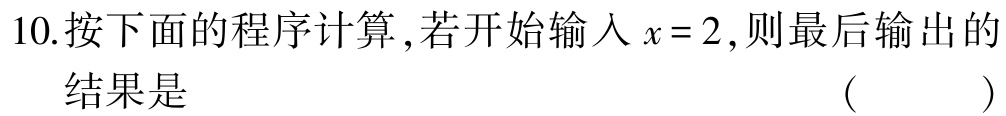
10.按下面的程序计算 ,若开始输入\(x = 2\),则最后输出的
结果是 （ ）